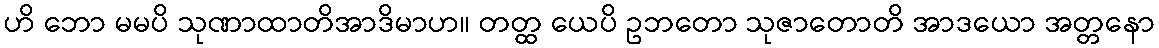
ဟိ ဘော မမပိ သုဏာထာတိအာဒိမာဟ။ တတ္ထ ယေပိ ဥဘတော သုဇာတောတိ အာဒယော အတ္တနော